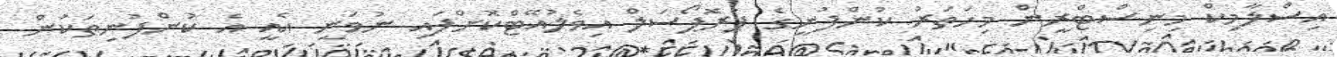
އިސްލާމިކް މިނިސްޓްރީން މިހަތަރު ކުންފުނީގެ ޕުރޮޕޯސަލް އިވެލުއޭޓްކޮށްފައި ނުވަނީ އެއީ އެ ކުންފުނިތަކުން